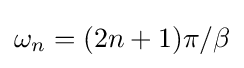
{\textstyle \omega _{n}=(2n+1)\pi /\beta }